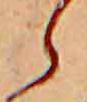
ら